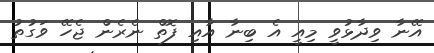
އޭނާ ވިދާޅުވީ މިއީ އެ ބިނާ އާއި ފޮތް ނެރެން ޖެހޭ ވަގުތު